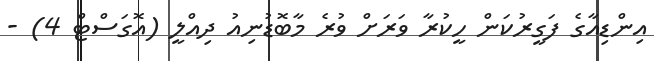
އިންޑިއާގެ ފަގީރުކަން ހީކުރާ ވަރަށް ވުރެ މާބޮޑުނިއު ދިއްލީ (އޮގަސްޓް 4) -